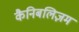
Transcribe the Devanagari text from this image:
कैनिबलिज़म